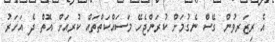
އެ ރިޒަރވުން ގޭސް ނެގުމަށް ކުރަންޖެހޭ މަސައްކަތްތައް ކުރިއަށް އޮތް ދެ އަހަރު